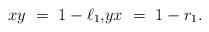
LaTeX: \begin{align*}\begin{minipage}[c]{35pc}$xy\ =\ 1 - \ell_1,$$yx\ =\ 1 - r_1.$\end{minipage}\end{align*}